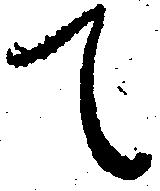
て